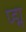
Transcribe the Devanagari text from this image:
प्द्म